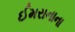
ઈમરાનાના